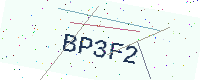
Text: BP3F2